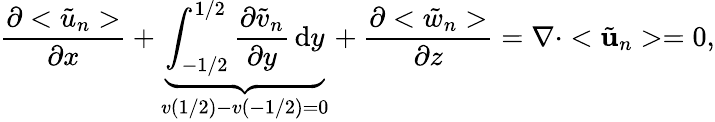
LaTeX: \frac{\partial<\tilde{u}_{n}>}{\partial x}+\underbrace{\int_{-1/2}^{1/2}\frac{\partial\tilde{v}_{n}}{\partial y}\, \mathrm{d}y}_{v\left(1/2\right)-v\left(-1/2\right)=0}+\frac{\partial<\tilde{w}_{n}>}{\partial z}=\nabla\cdot<\tilde{\mathbf{u}}_{n}>=0,